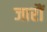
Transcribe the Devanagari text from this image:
जारौं